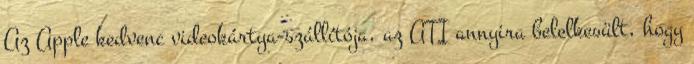
Az Apple kedvenc videokártya-szállítója, az ATI annyira belelkesült, hogy